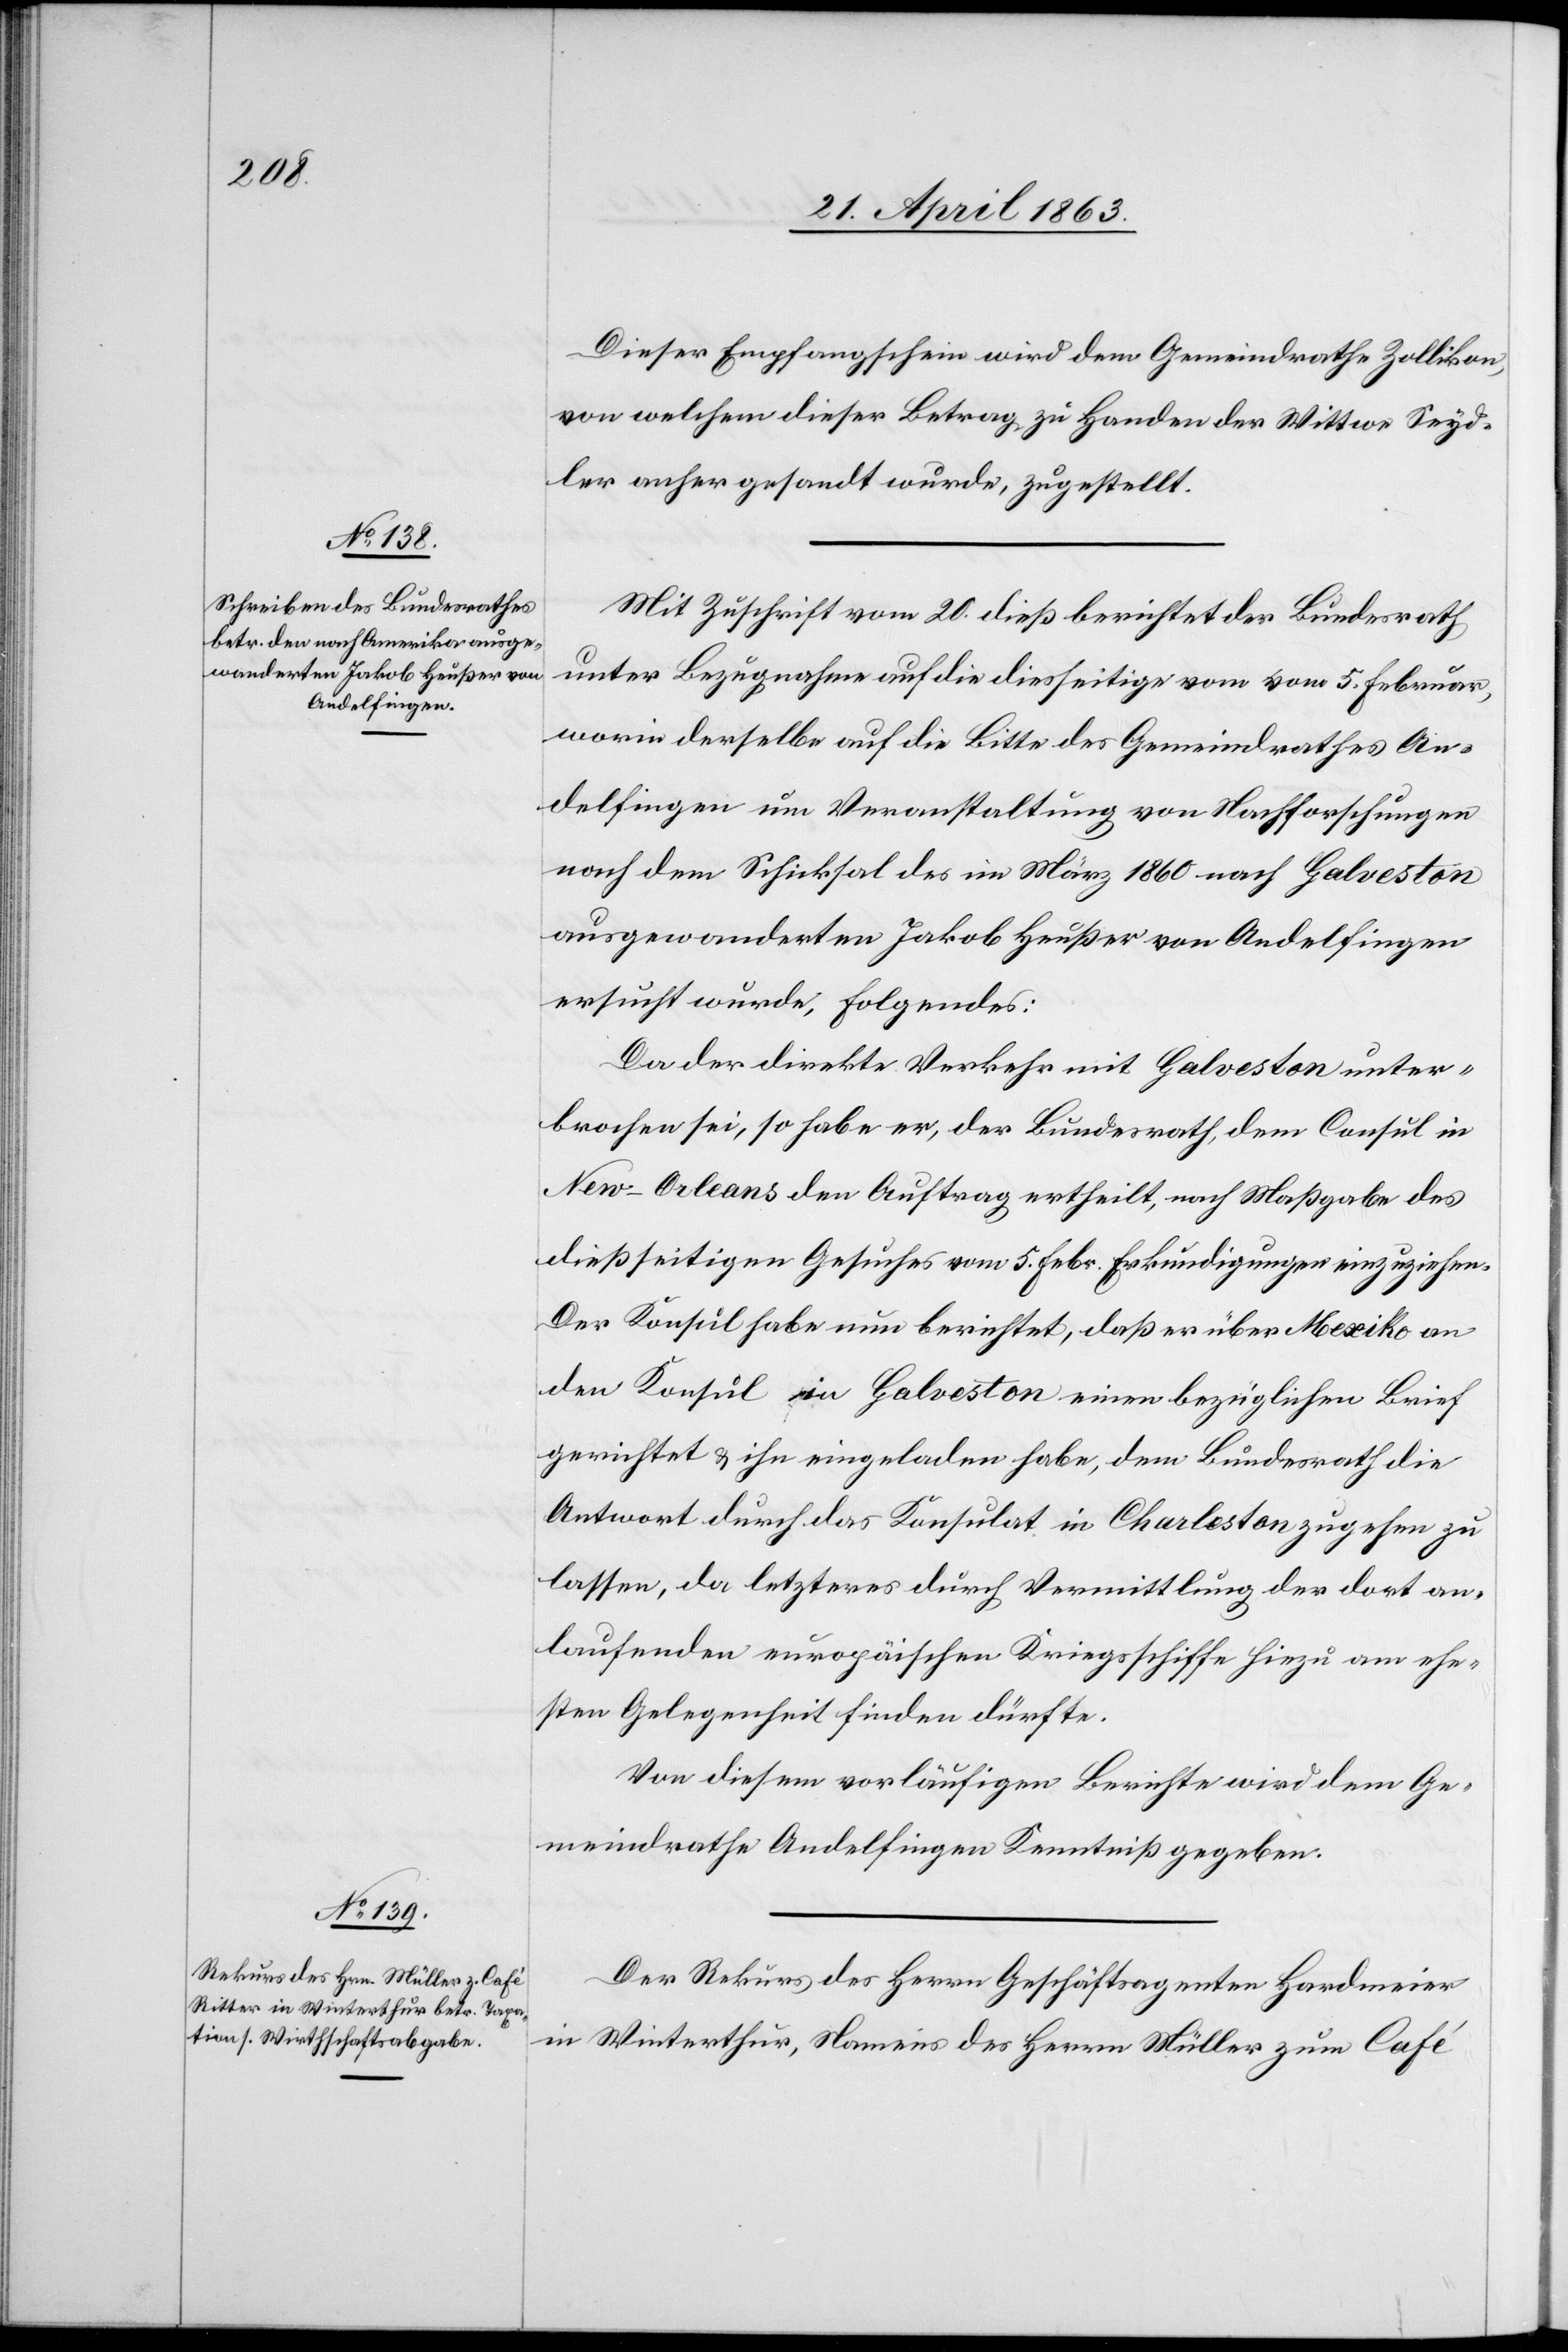
23. April 1863.]
Dieser Empfangschein wird dem Gemeindrathe Zollikon,
von welchem dieser Betrag zu Handen der Wittwe Seyd¬
ler anher gesandt wurde, zugestellt.
Mit Zuschrift vom 20. dieß berichtet der Bundesrath
unter Bezugnahme auf die diesseitige vom vom [sic!] 5. Februar,
worin derselbe auf die Bitte des Gemeindrathes An¬
delfingen um Veranstaltung von Nachforschungen
nach dem Schicksal des im März 1860 nach Galveston
ausgewanderten Jakob Heußer von Andelfingen
ersucht wurde, Folgendes:
Da der direkte Verkehr mit Galveston unter¬
brochen sei, so habe er, der Bundesrath, dem Consul in
New-Orleans den Auftrag ertheilt, nach Maßgabe des
dießseitigen Gesuches vom 5. Febr. Erkundigungen einzuziehen.
Der Konsul habe nun berichtet, daß er über Mexiko an
den Konsul in Galveston einen bezüglichen Brief
gerichtet & ihn eingeladen habe, dem Bundesrath die
Antwort durch das Konsulat in Charleston zugehen zu
lassen, da letzteres durch Vermittlung der dort an¬
laufenden europäischen Kriegsschiffe hiezu am ehe¬
sten Gelegenheit finden dürfte.
Von diesem vorläufigen Berichte wird dem Ge¬
meindrathe Andelfingen Kenntniß gegeben.
Der Rekus des Herrn Geschäftsagenten Hardmeier
in Winterthur, Namens des Herrn Müller zum Café